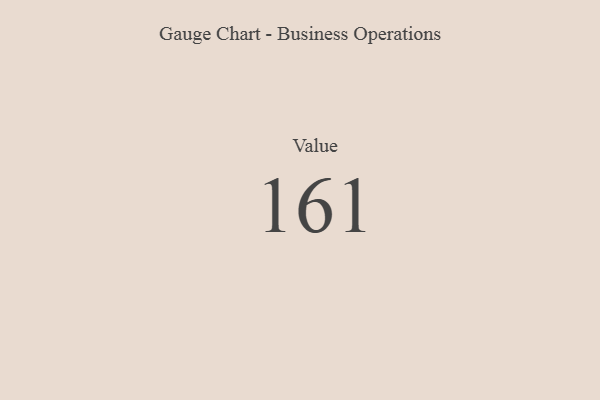
{"axis": {"x": "Metric", "y": "Value"}, "legend": [""], "data": [{"x": "Value", "y": 161, "type": ""}]}